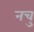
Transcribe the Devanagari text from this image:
नचु